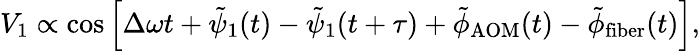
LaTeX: \begin{array}{r}{V_{1}\propto\cos\left[\Delta\omega t+\tilde{\psi}_{1}(t)-\tilde{\psi}_{1}(t+\tau)+\tilde{\phi}_{\mathrm{AOM}}(t)-\tilde{\phi}_{\mathrm{fiber}}(t)\right],}\end{array}